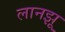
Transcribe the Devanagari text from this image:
लानझू